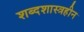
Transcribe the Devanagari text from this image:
शब्दशास्त्रहीन